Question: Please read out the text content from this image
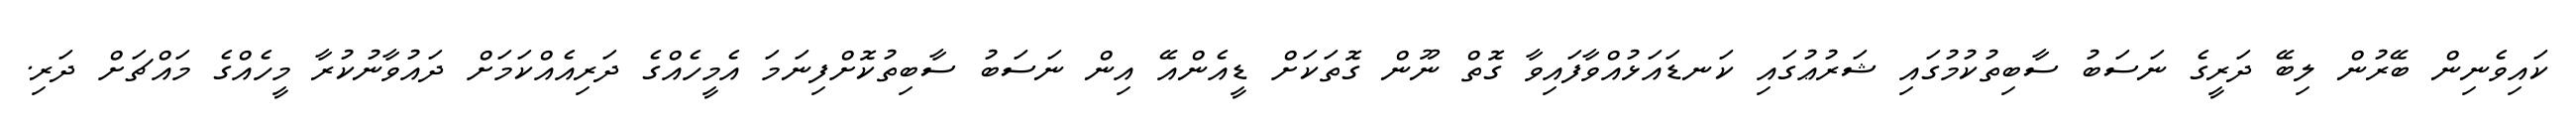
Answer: ކައިވެނިން ބޭރުން ލިބޭ ދަރީގެ ނަސަބު ސާބިތުކުމުގައި ޝަރުޢުގައި ކަނޑައަޅުއްވާފައިވާ ގޮތް ނޫން ގޮތަކަށް ޑީއެންއޭ އިން ނަސަބު ސާބިތުކޮށްފިނަމަ އެމީހެއްގެ ދަރިއެއްކަމަށް ދައުވާނުކުރާ މީހެއްގެ މައްޗަށް ދަރި.